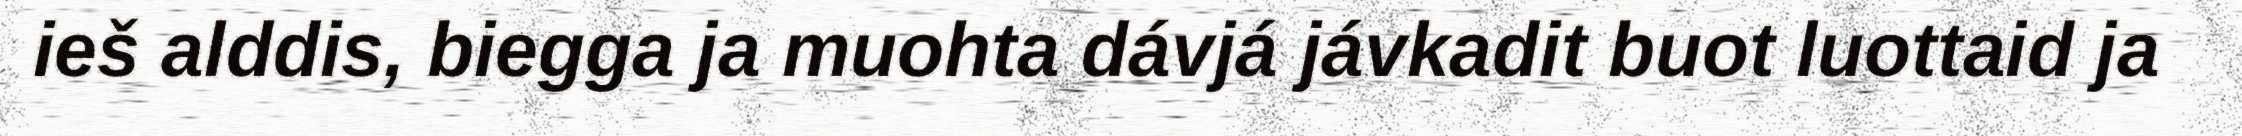
ieš alddis, biegga ja muohta dávjá jávkadit buot luottaid ja